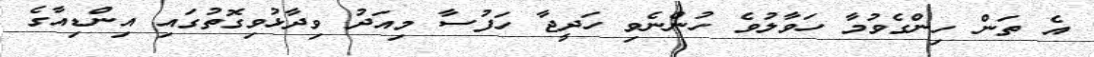
އެ ތަން ހިންގެވުމާ ހަވާލުވެ ހުންނެވި ހަދީޖާ ހަފުސާ މިއަދު ވިދާޅުވިގޮތުގައި އިންޑިއާގެ